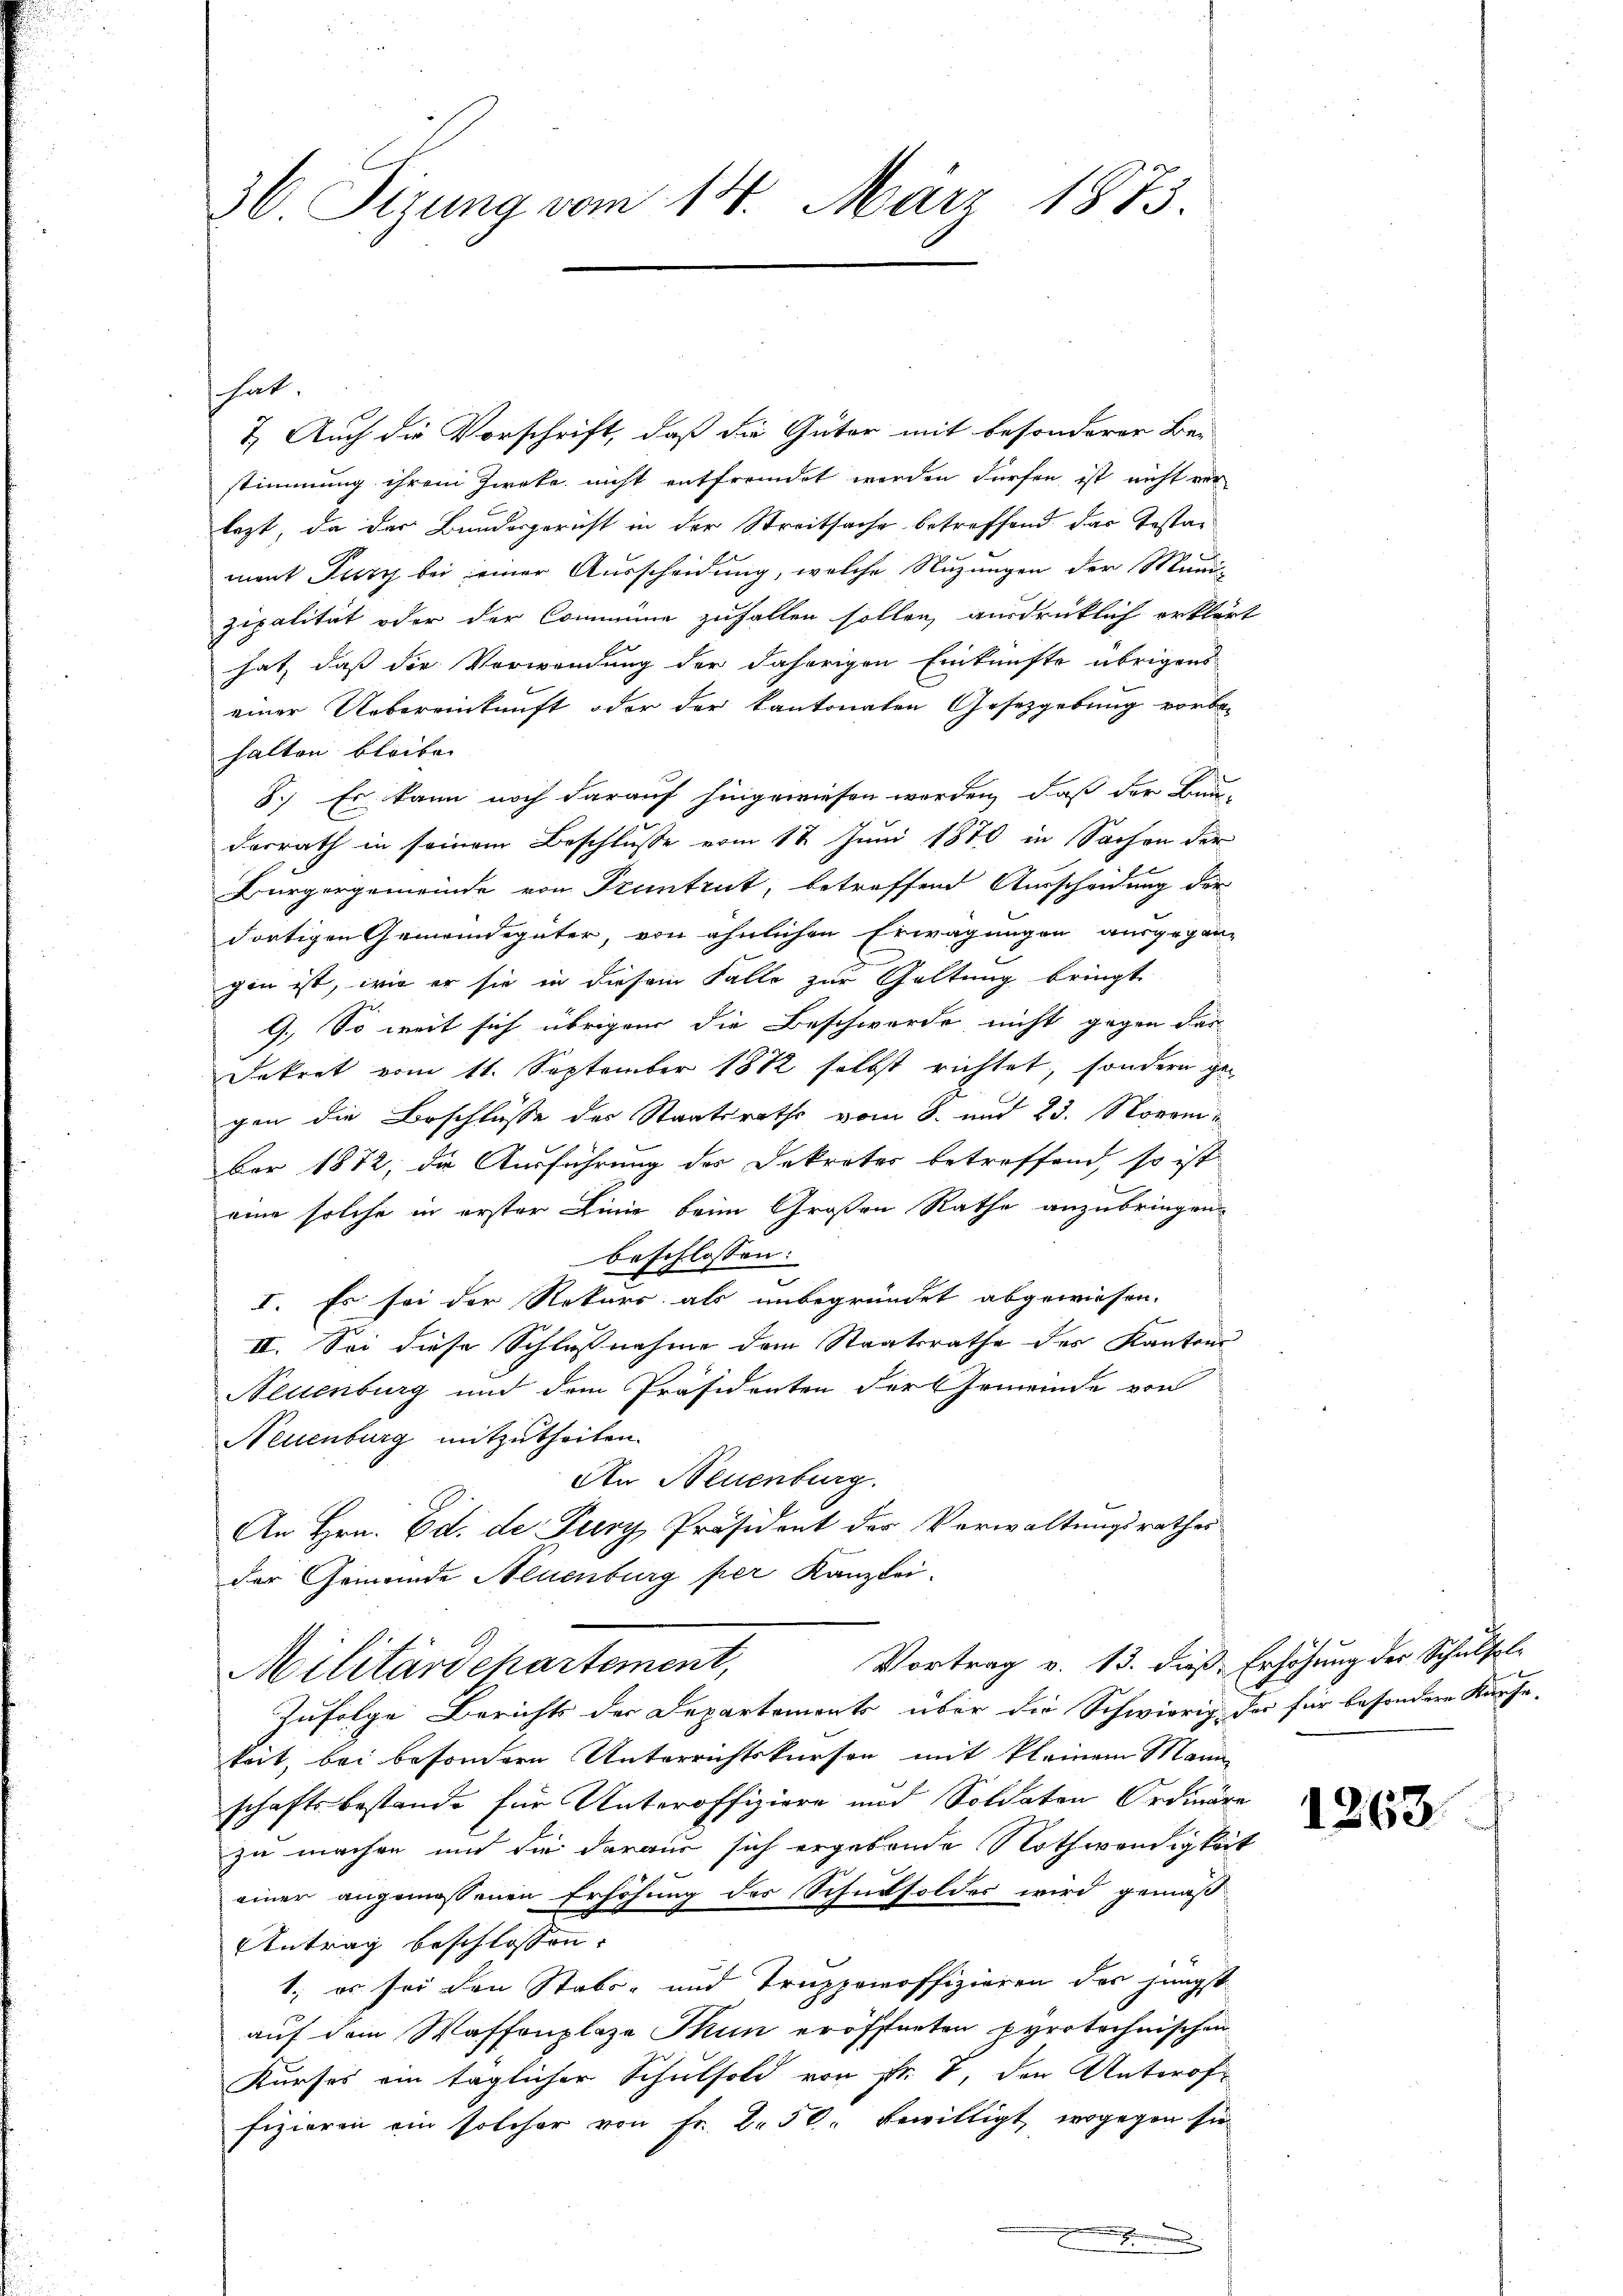
36. Sizung vom 14. März 1873.

7. Auch die Vorschrift, daß die Güter mit besonderer Be-
stimmung ihrem Zweke nicht entfremdet werden dürfen ist nicht ver
lezt, da das Bundesgericht in der Streitsache betreffend das Testament Furch bei einer Ausscheidung, welche Nuzungen der Muni-
zipalität oder der Commine zufallen sollen, ausdrücklich erklärt
hat, daß die Verwendung der daherigen Einkünfte übrigens
einer Uebereinkunft oder der kantonaten Gesetzgebung vorbe-
halten bleibe.
8.) Es kann noch darauf hingewiesen worden, daß der Bun-
desrath in seinem Beschlusse vom 12. Juni 1870 in Sachen der
Bürgergemeinde von Pruntrut, betreffend Ausscheidung der
dortigen Gemeindegüter, von ähnlichen Erwägungen ausgegan-
gen ist, wie er sie in diesem Falle zur Geltung bringt
9.) So weit sich übrigen die Beschwerde nicht gegen dar
Dekret vom 11. September 1882 selbst richtet, sondern gegen die Beschlüsse des Staatsraths vom 8. und 23. November 1872, die Ausführung des Dekreter betreffend, so ist
eine solche in erster Linie beim Großen Rathe anzubringen.
beschlossen:
I. Es sei der Rekurs als unbegründet abgewiesen.
II. Sei diese Schlußnahme dem Staatsrathe des Kantons
Neuenburg und dem Präsidenten der Gemeinde von
Neuenburg mitzutheilen.
An Neuenburg.
An Hrn. Ed. de Fury, Präsident der Verwaltungsrathes
der Gemeinde Neuenburg per Kanzlei.
Vortrag v. 13. dieß, Erhöhung der Schulfol¬
Militärdehartement,
Zufolge Berichts der Departemonts über die Schwierig der für besondere Kaufe.
keit, bei besondern Unterrichtskurson mit kleinem Mann
schaftsbestande für Unteroffiziere und Soldaten Ordiäre
zu machen und die daraus sich ergebende Nothwendigkeit
einer angemessenen Erhöhung des Schuttsoldes wird gemäß¬
Antrag beschlossen.
1. es sei den Stabs- und Truppenoffizieren des jüngst
auf dem Waffenplaze Thun eröffneten pyrotechnischen
Kurses ein täglicher Schulsold von Fr. V. den Unterof-
fizieren ein solcher von Fr. 2. 50. bewilligt, wogegen sie
x

he

1263.